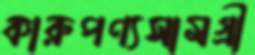
কারুপণ্যসামগ্রী